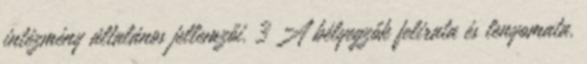
intézmény általános jellemzői. 3 A bélyegzők felirata és lenyomata.